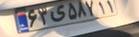
۶۳ی۵۸۷۱۱